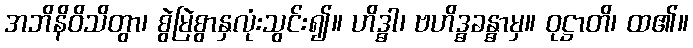
အဘိနိဝိသိတွာ၊ စွဲမြဲစွာနှလုံးသွင်း၍။ ဟိဒ္ဓါ၊ ဗဟိဒ္ဓခန္ဓာမှ။ ဝုဋ္ဌာတိ၊ ထ၏။